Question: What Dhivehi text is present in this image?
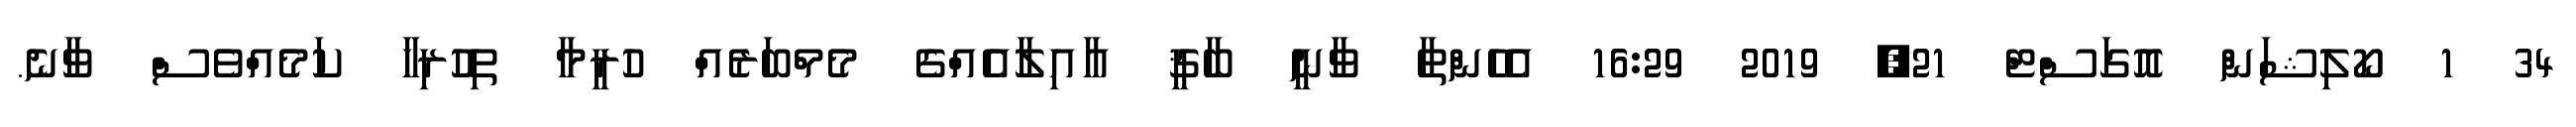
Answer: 34 1 ކޯލިޝަން އޮގަސްޓް 21, 2019 16:29 އެހެންތާ ވާނީ ބާޤީ އާއިލާއެއްގެ މެމްބަރެއް ހުރީމާ ތިހުރިހާ ކަމެއްވެސް ވާނެ.